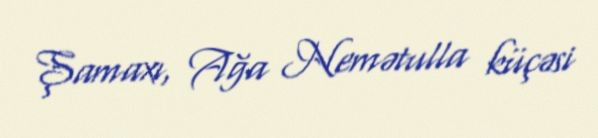
Şamaxı, Ağa Nemətulla küçəsi